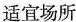
适宜场所